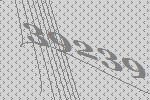
39239